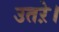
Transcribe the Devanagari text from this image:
उतऱे।